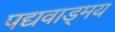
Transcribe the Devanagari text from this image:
पद्यवाड्मय